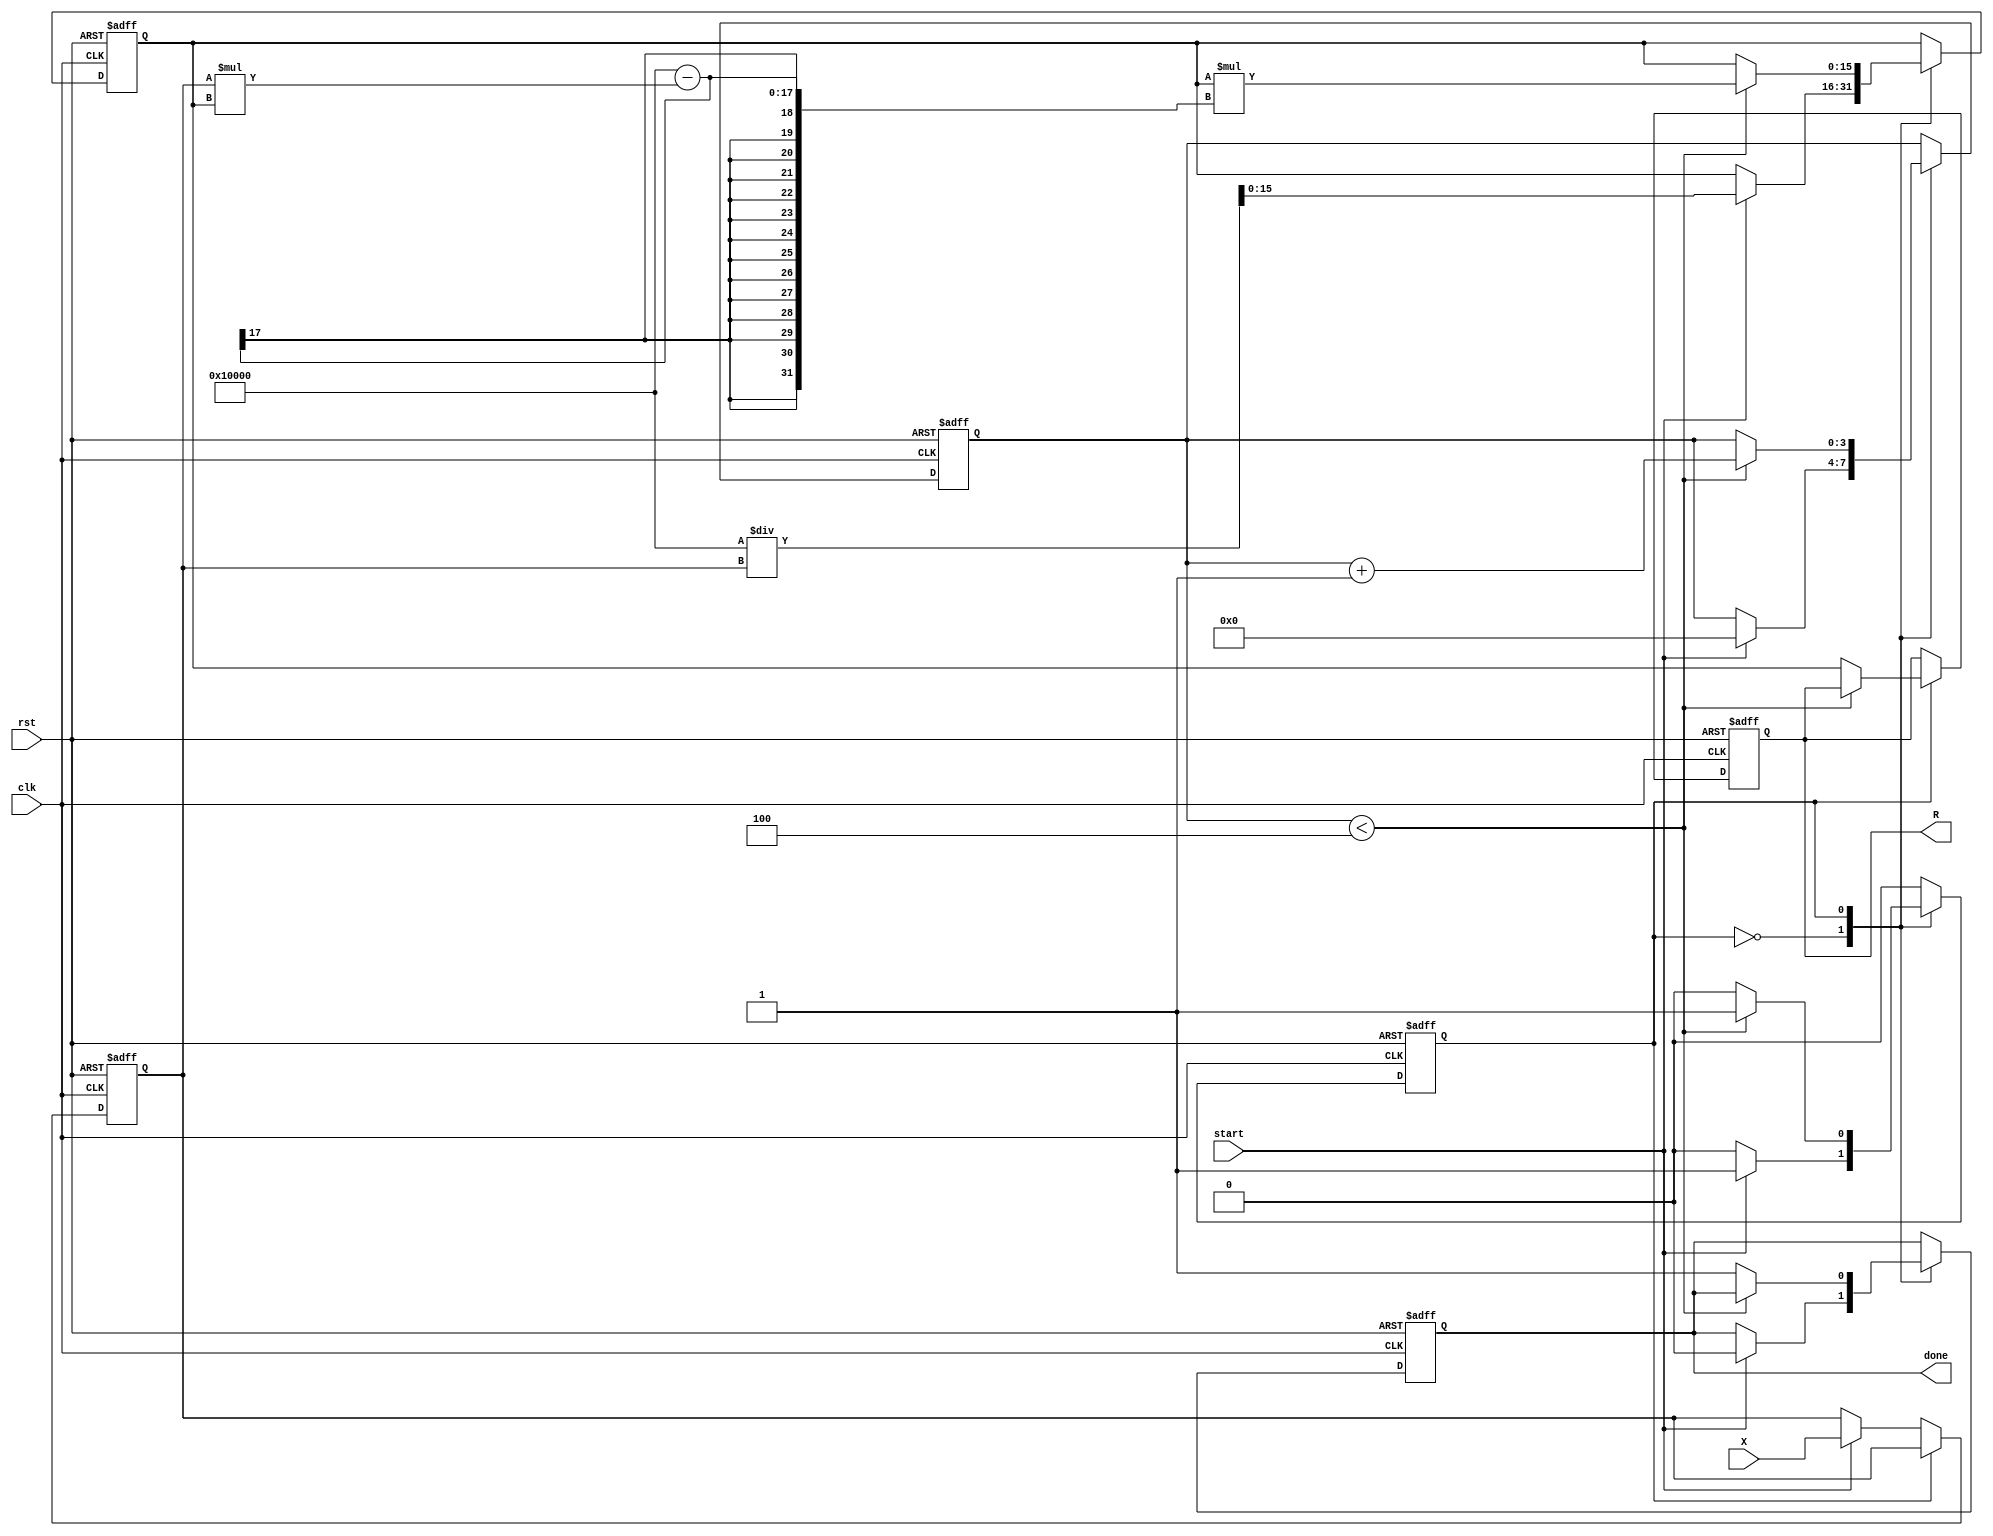
module newton_raphson_reciprocal #(
    parameter N = 16, // Input width
    parameter M = 16, // Output width
    parameter K = 4   // Number of iterations
)(
    input  wire [N-1:0] X,     // Input number
    input  wire start,          // Start signal
    input  wire clk,            // Clock signal
    input  wire rst,            // Reset signal
    output reg [M-1:0] R,       // Reciprocal output
    output reg done             // Done signal
);

    reg [M-1:0] R_current;      // Current estimate of reciprocal
    reg [M-1:0] R_next;         // Next estimate of reciprocal
    reg [N-1:0] X_reg;          // Registered input
    reg [3:0] iteration;        // Iteration counter
    reg state;                  // State of the computation

    localparam IDLE = 1'b0;
    localparam COMPUTE = 1'b1;

    // Initial guess R0 = (2^M) / X
    wire [M-1:0] R0 = (1 << M) / X_reg;

    // Multiplier for X * R
    wire [M-1:0] product;
    assign product = X_reg * R_current;

    // Iterative formula: R_next = R_current * (2 - product)
    always @(*) begin
        R_next = R_current * ((1 << M) - product);
    end

    // State machine for control
    always @(posedge clk or posedge rst) begin
        if (rst) begin
            state <= IDLE;
            R <= 0;
            done <= 0;
            iteration <= 0;
            R_current <= 0;
            X_reg <= 0;
        end else begin
            case (state)
                IDLE: begin
                    if (start) begin
                        X_reg <= X; // Register input
                        R_current <= R0; // Initialize R with R0
                        iteration <= 0; // Reset iteration counter
                        done <= 0; // Reset done signal
                        state <= COMPUTE; // Move to compute state
                    end
                end
                COMPUTE: begin
                    if (iteration < K) begin
                        R_current <= R_next; // Update current estimate
                        iteration <= iteration + 1; // Increment iteration counter
                    end else begin
                        R <= R_current; // Output the final result
                        done <= 1; // Set done signal
                        state <= IDLE; // Go back to idle state
                    end
                end
            endcase
        end
    end

endmodule